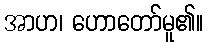
အာဟ၊ ဟောတော်မူ၏။